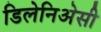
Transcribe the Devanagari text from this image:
डिलेनिअेसी